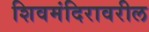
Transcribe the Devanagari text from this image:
शिवमंदिरावरील